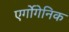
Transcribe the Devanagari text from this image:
एर्गोगेनिक